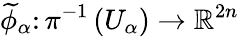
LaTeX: {\widetilde{\phi}}_{\alpha}\colon\pi^{-1}\left(U_{\alpha}\right)\to\mathbb{R}^{2n}